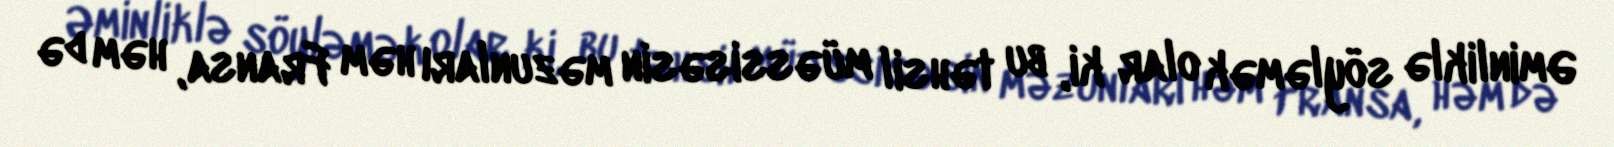
Əminliklə söyləmək olar ki, bu təhsil müəssisəsin məzunları həm Fransa, həm də